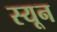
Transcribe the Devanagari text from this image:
स्यून